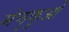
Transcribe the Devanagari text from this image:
मंचुकुओं